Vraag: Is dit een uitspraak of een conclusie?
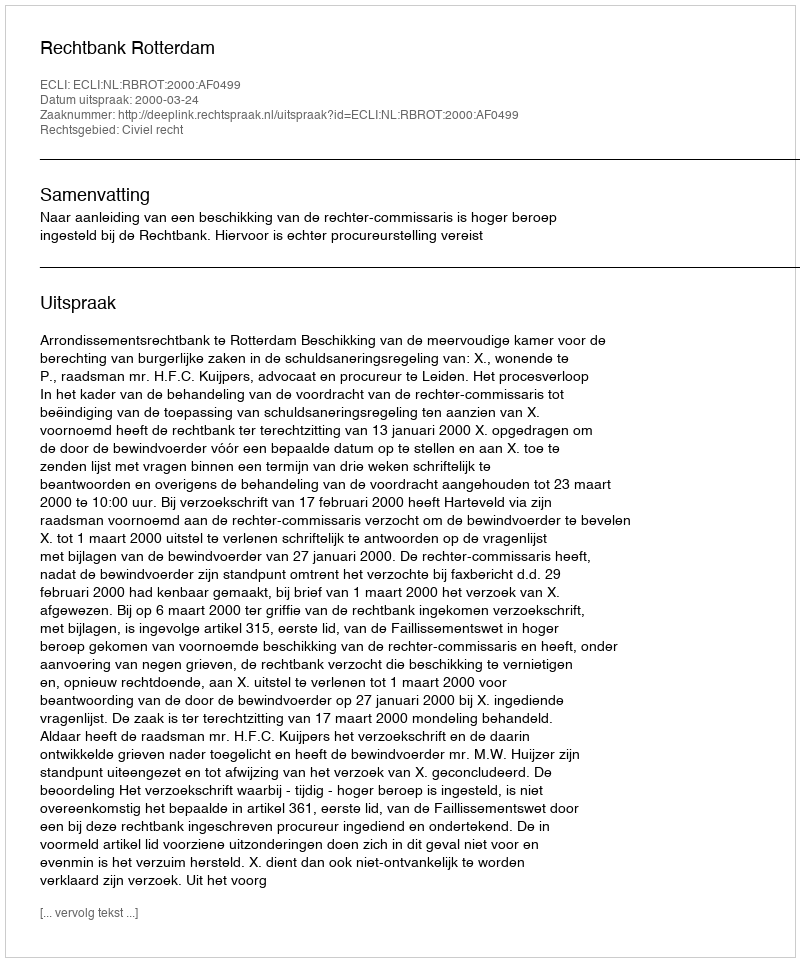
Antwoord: Uitspraak